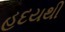
હદયથી